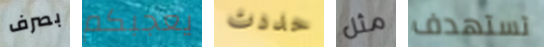
بصرف يعجبكم حددت مثل تستهدف